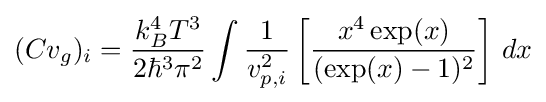
(Cv_{g})_{i}={\frac {k_{B}^{4}T^{3}}{2\hbar ^{3}\pi ^{2}}}\int {\frac {1}{v_{p,i}^{2}}}\left[{\frac {x^{4}\exp(x)}{(\exp(x)-1)^{2}}}\right]\,dx